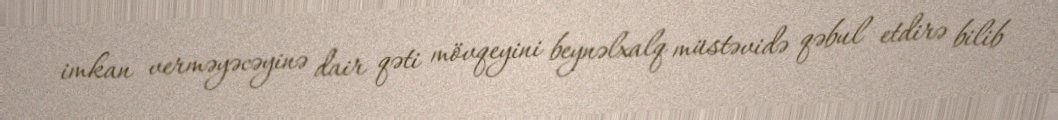
imkan verməyəcəyinə dair qəti mövqeyini beynəlxalq müstəvidə qəbul etdirə bilib